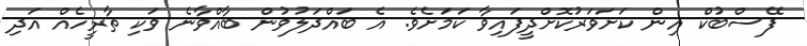
ފޭސްބުކް އިން ކަށަވަަރުކޮށްދީފައިވާ ކަމަށެވެ. އެ ބައްދަލުވުން ބާއްވާނެ ވަކި ތާރީހެއް އަދި